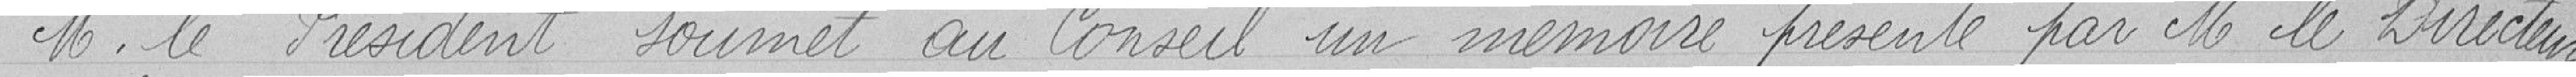
Monsieur le Président soumet au Conseil un mémoire présenté par Monsieur le Directeur